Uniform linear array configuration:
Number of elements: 24
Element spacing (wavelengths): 0.25
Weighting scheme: uniform
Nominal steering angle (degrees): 15
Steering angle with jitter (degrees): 15.546
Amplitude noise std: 0.05
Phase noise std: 0.05

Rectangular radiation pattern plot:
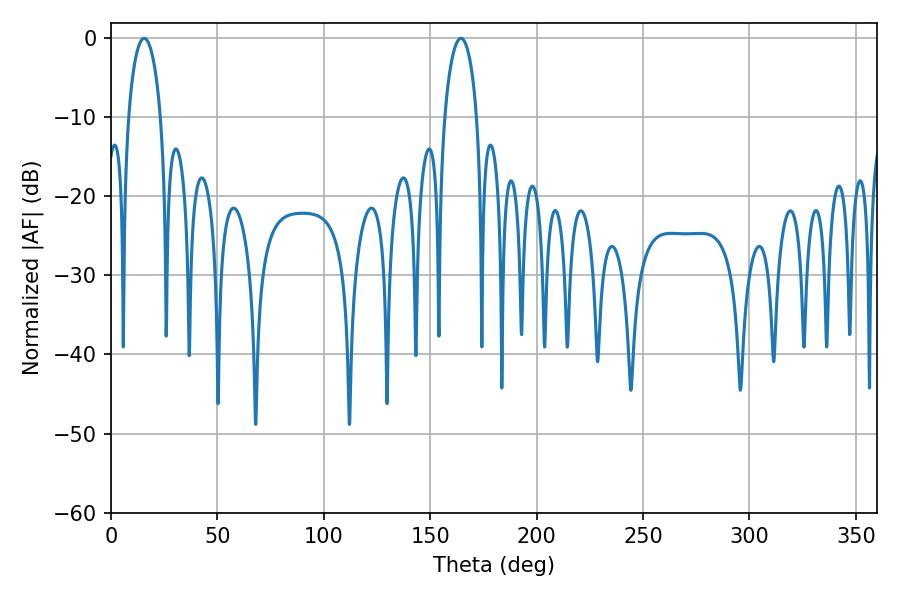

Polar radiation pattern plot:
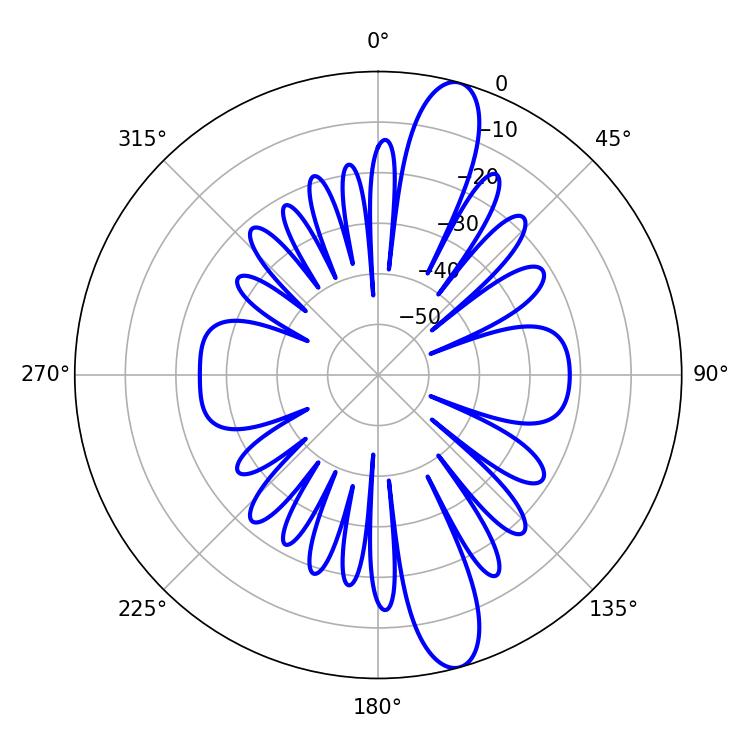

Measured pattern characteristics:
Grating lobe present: FALSE
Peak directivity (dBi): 13.412
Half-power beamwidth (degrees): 8.64
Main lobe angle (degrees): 164.34